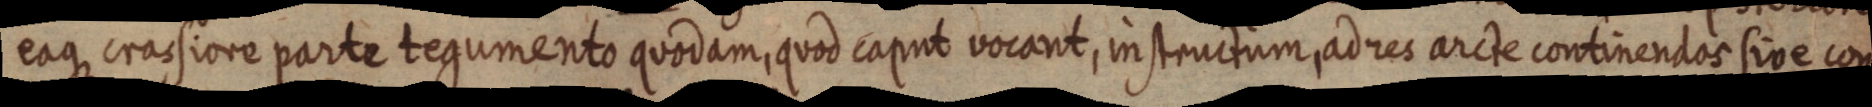
eaque crassiore parte tegumento quodam, quod caput vocant, instructum ad res arcte continendos sive con